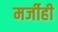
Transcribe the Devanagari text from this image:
मर्जीही